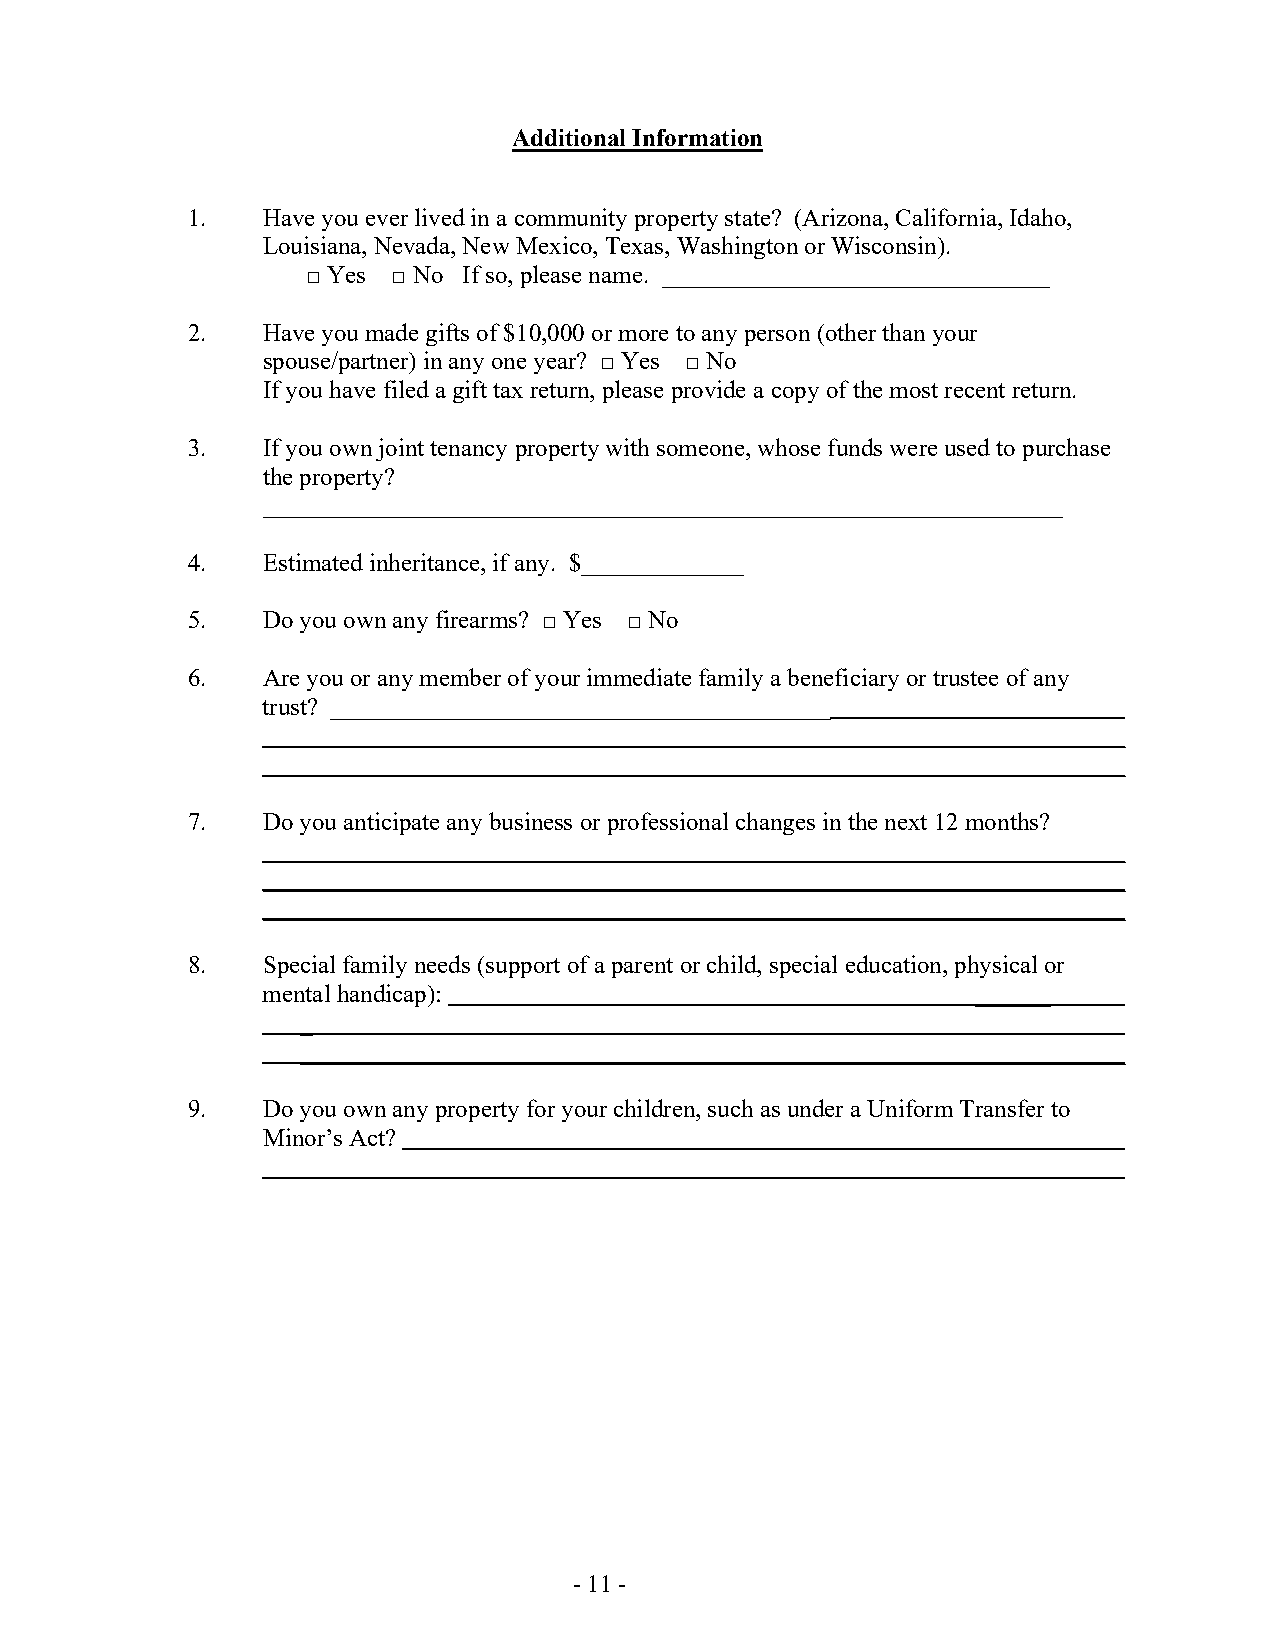
Additional Information
 1.   Have you ever lived in a community property state? (Arizona, California, Idaho,
 Louisiana, Nevada, New Mexico, Texas, Washington or Wisconsin).
 □ Yes □ No If so, please name. _______________________________
 2.   Have you made gifts of $10,000 or more to any person (other than your
 spouse/partner) in any one year? □ Yes □ No
 If you have filed a gift tax return, please provide a copy of the most recent return.
 3.   If you own joint tenancy property with someone, whose funds were used to purchase
 the property?
 ________________________________________________________________
 4.   Estimated inheritance, if any. $_____________
 5.   Do you own any firearms? □ Yes □ No
 6.   Are you or any member of your immediate family a beneficiary or trustee of any
 trust? ________________________________________
 __________________________________________________________________
 _____________________________________________________________________
 7.   Do you anticipate any business or professional changes in the next 12 months?
 _____________________________________________________________________
 _____________________________________________________________________
 _____________________________________________________________________
 8.   Special family needs (support of a parent or child, special education, physical or
 mental handicap):                               ______
 _
 __________________________________________________________________
 9.   Do you own any property for your children, such as under a Uniform Transfer to
 Minor’s Act?
 - 11 -